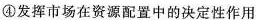
④发挥市场在资源配置中的决定性作用